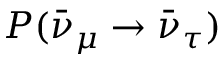
P ( \bar { \nu } _ { \mu } \to \bar { \nu } _ { \tau } )